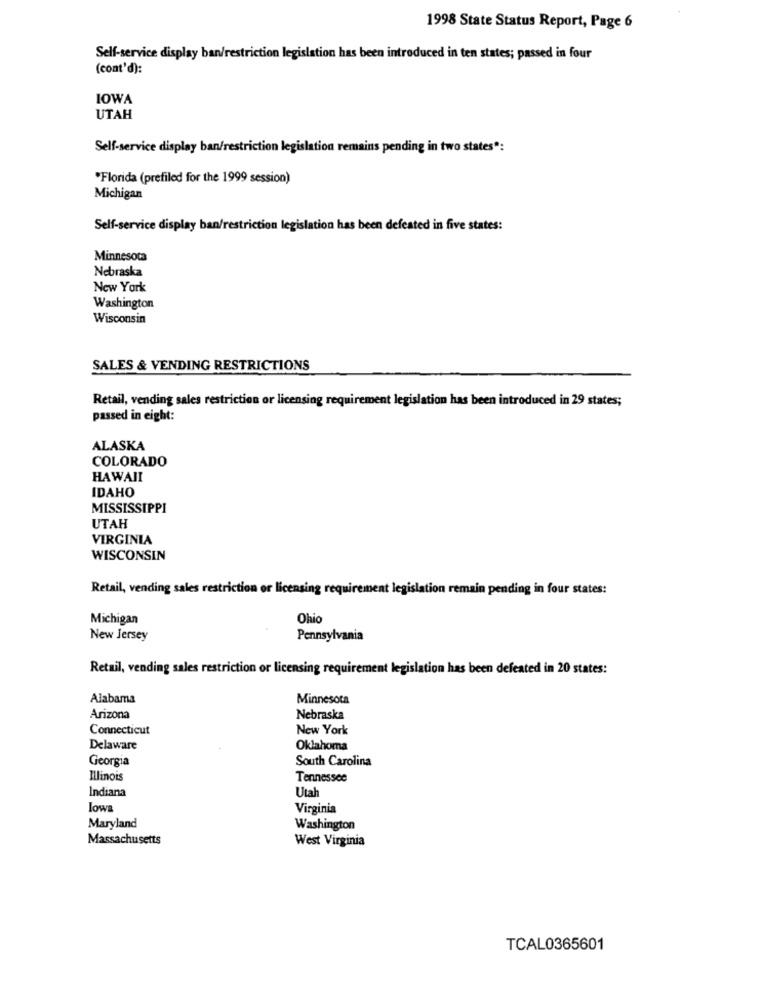
1998 State Status Report, Page 6
Self-service display ban/restriction legislation has been introduced in ten states; passed in four
(cont'd):
IOWA
UTAH
Self-service display ban/restriction
Iation remains pending in two states":
*Florida (prefiled for the 1999 session)
Michigan
Self-service display ban/restriction legislation has been defeated in five states:
Minnesota
Nebraska
New York
Washington
Wisconsin
SALES & VENDING RESTRICTIONS
Retail, vending sales restriction or licensing requirement legislation has been introduced in 29 states;
passed in eight:
ALASKA
COLORADO
HAWAII
IDAHO
MISSISSIPPI
UTAH
VIRGINIA
WISCONSIN
Retail, vending sales restriction or licensing requirement legislation remain pending in four states:
Michigan
Ohio
New Jersey
Pennsylvania
Retail, vending sales restriction or licensing requirement legislation has been defeated in 20 states:
Alabama
Minnesota
Arizona
Nebraska
Connecticut
New York
Delaware
Oklahoma
Georgia
South Carolina
Illinois
Tennessee
Indiana
Utah
lowa
Virginia
Maryland
Washington
Massachusetts
West Virginia
TCAL0365601